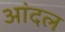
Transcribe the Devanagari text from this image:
आंदल